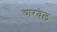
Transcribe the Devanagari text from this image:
चारवेल